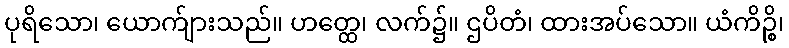
ပုရိသော၊ ယောက်ျားသည်။ ဟတ္ထေ၊ လက်၌။ ဌပိတံ၊ ထားအပ်သော။ ယံကိဉ္စိ၊